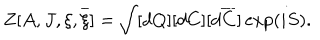
LaTeX: Z [ A , J , \xi , \overline { { { \xi } } } ] = \int [ d Q ] [ d C ] [ d \overline { { { C } } } ] \exp ( i S ) .